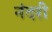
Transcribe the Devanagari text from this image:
नंदरी